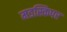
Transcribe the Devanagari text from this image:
मडस्किपर